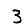
Digit: 3